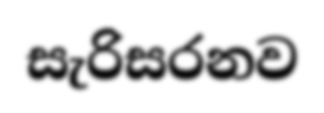
සැරිසරනව